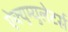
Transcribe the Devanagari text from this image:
ऐक्युम्युलेटर्स